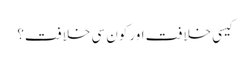
کیسی خلافت اور کون سی خلافت؟